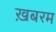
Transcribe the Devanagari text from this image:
ख़बरम